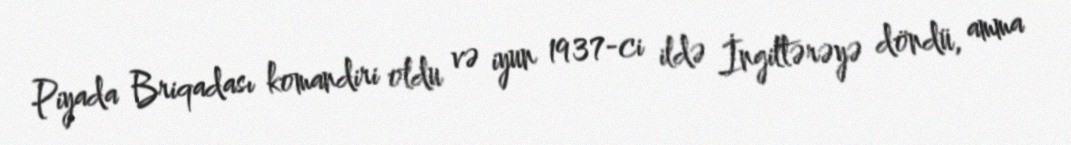
Piyada Briqadası komandiri oldu və iyun 1937-ci ildə İngiltərəyə döndü, amma